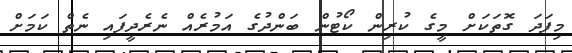
މިފަދަ ގޮތަކަށް މީގެ ކުރިން ކޯޓުން ބަންދުގެ އަމުރެއް ނެރެދީފައި ނެތް ކަމަށް